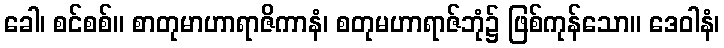
ခေါ၊ စင်စစ်။ စာတုမာဟာရာဇိကာနံ၊ စတုမဟာရာဇ်ဘုံ၌ ဖြစ်ကုန်သော။ ဒေဝါနံ၊